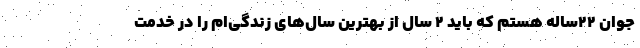
جوان ۲۲ساله هستم که باید ۲ سال از بهترین سال‌های زندگی‌ام را در خدمت